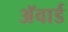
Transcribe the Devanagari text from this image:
अॅवार्ड